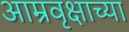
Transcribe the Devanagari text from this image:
आम्रवृक्षाच्या